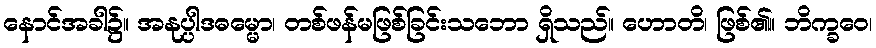
နောင်အခါ၌။ အနုပ္ပါဒဓမ္မော၊ တစ်ဖန်မဖြစ်ခြင်းသဘော ရှိသည်။ ဟောတိ၊ ဖြစ်၏။ ဘိက္ခဝေ၊